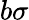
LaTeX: b\sigma